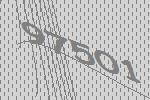
97501